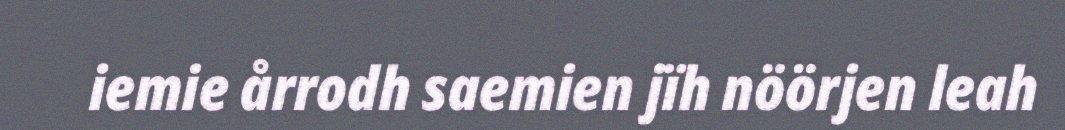
iemie årrodh saemien jïh nöörjen leah